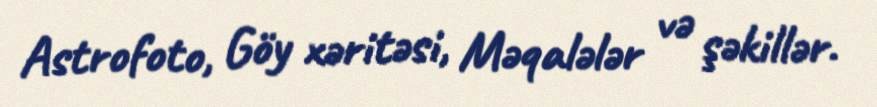
Astrofoto, Göy xəritəsi, Məqalələr və şəkillər.